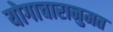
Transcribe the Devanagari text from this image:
योगाचारानुमत